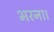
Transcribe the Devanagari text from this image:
भरना।